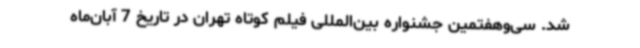
شد. سی‌وهفتمین جشنواره بین‌المللی فیلم کوتاه تهران در تاریخ 7 آبان‌ماه